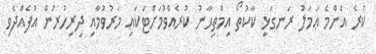
ކުރެ އެންމެ ޢަމަލު ރަނގަޅީ ކާކުތޯ އިމްތިޙާނު ކުރެއްވުމަށްޓަކައި މަރުވުމާއި ދިރިހުރުން އުފެއްދެވި